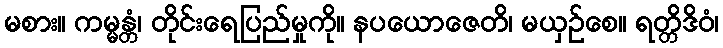
မစား။ ကမ္မန္တံ၊ တိုင်းရေပြည်မှုကို။ နပယောဇေတိ၊ မယှဉ်စေ။ ရတ္တိဒိဝံ၊